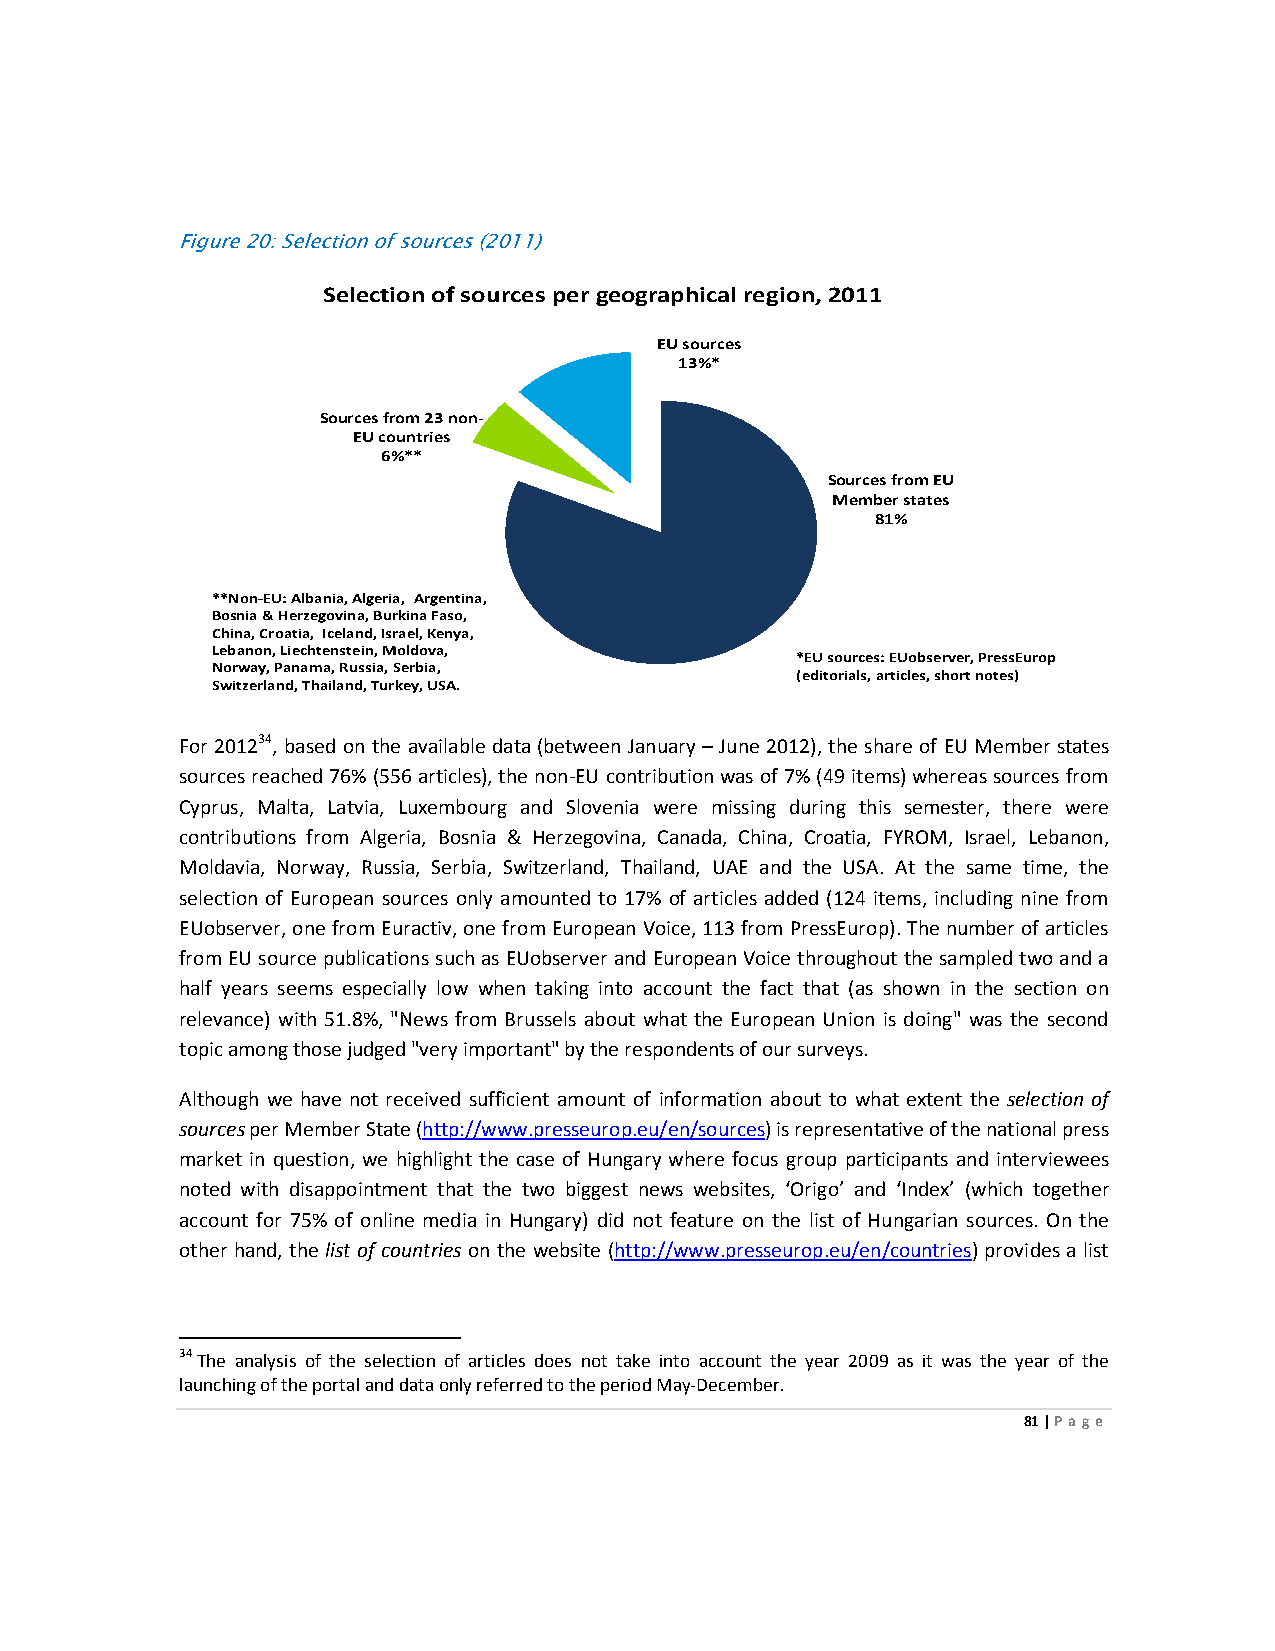
Figure 20: Selection of sources (2011)
 Selection of sources per geographical region, 2011
 EU sources
 13%*
 Sources from 23 non-
 EU countries
 6%**
 Sources from EU
 Member states
 81%
 **Non-EU: Albania, Algeria, Argentina,
 Bosnia & Herzegovina, Burkina Faso,
 China, Croatia, Iceland, Israel, Kenya,
 Lebanon, Liechtenstein, Moldova,
 *EU sources: EUobserver,PressEurop
 Norway, Panama, Russia, Serbia,
 (editorials, articles, short notes)
 Switzerland,Thailand, Turkey, USA.
 For 201234, based on the available data (between January – June 2012), the share of EU Member states
 sources reached 76% (556 articles), the non-EU contribution was of 7% (49 items) whereas sources from
 Cyprus, Malta, Latvia, Luxembourg and Slovenia were missing during this semester, there were
 contributions from Algeria, Bosnia & Herzegovina, Canada, China, Croatia, FYROM, Israel, Lebanon,
 Moldavia, Norway, Russia, Serbia, Switzerland, Thailand, UAE and the USA. At the same time, the
 selection of European sources only amounted to 17% of articles added (124 items, including nine from
 EUobserver, one from Euractiv, one from European Voice, 113 from PressEurop). The number of articles
 from EU source publications such as EUobserver and European Voice throughout the sampled two and a
 half years seems especially low when taking into account the fact that (as shown in the section on
 relevance) with 51.8%, "News from Brussels about what the European Union is doing" was the second
 topic among those judged "very important" by the respondents of our surveys.
 Although we have not received sufficient amount of information about to what extent the selection of
 sources per Member State (http://www.presseurop.eu/en/sources) is representative of the national press
 market in question, we highlight the case of Hungary where focus group participants and interviewees
 noted with disappointment that the two biggest news websites, ‘Origo’ and ‘Index’ (which together
 account for 75% of online media in Hungary) did not feature on the list of Hungarian sources. On the
 other hand, the list of countries on the website (http://www.presseurop.eu/en/countries) provides a list
 34 The analysis of the selection of articles does not take into account the year 2009 as it was the year of the
 launching of the portal and data only referred to the period May-December.
 81 | Page